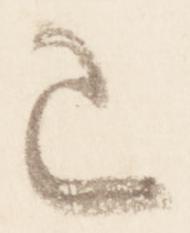
已